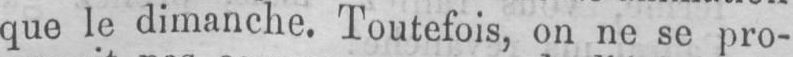
que le dimanche. Toutefois, on ne se pro-